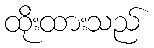
ထိုးထားသည်